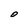
Character: O